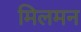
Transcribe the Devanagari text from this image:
मिलमन